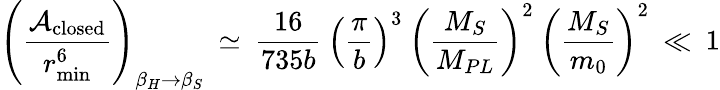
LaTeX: \left(\frac{{\cal A}_{\mathrm{closed}}}{r_{\operatorname*{min}}^{6}}\right)_{\beta_{H}\to\beta_{S}}\: \simeq\: \frac{16}{735b}\: \left(\frac{\pi}{b}\right)^{3}\: \left(\frac{M_{S}}{M_{PL}}\right)^{2}\: \left(\frac{M_{S}}{m_{0}}\right)^{2}\: \ll\: 1